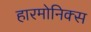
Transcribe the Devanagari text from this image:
हारमोनिक्स